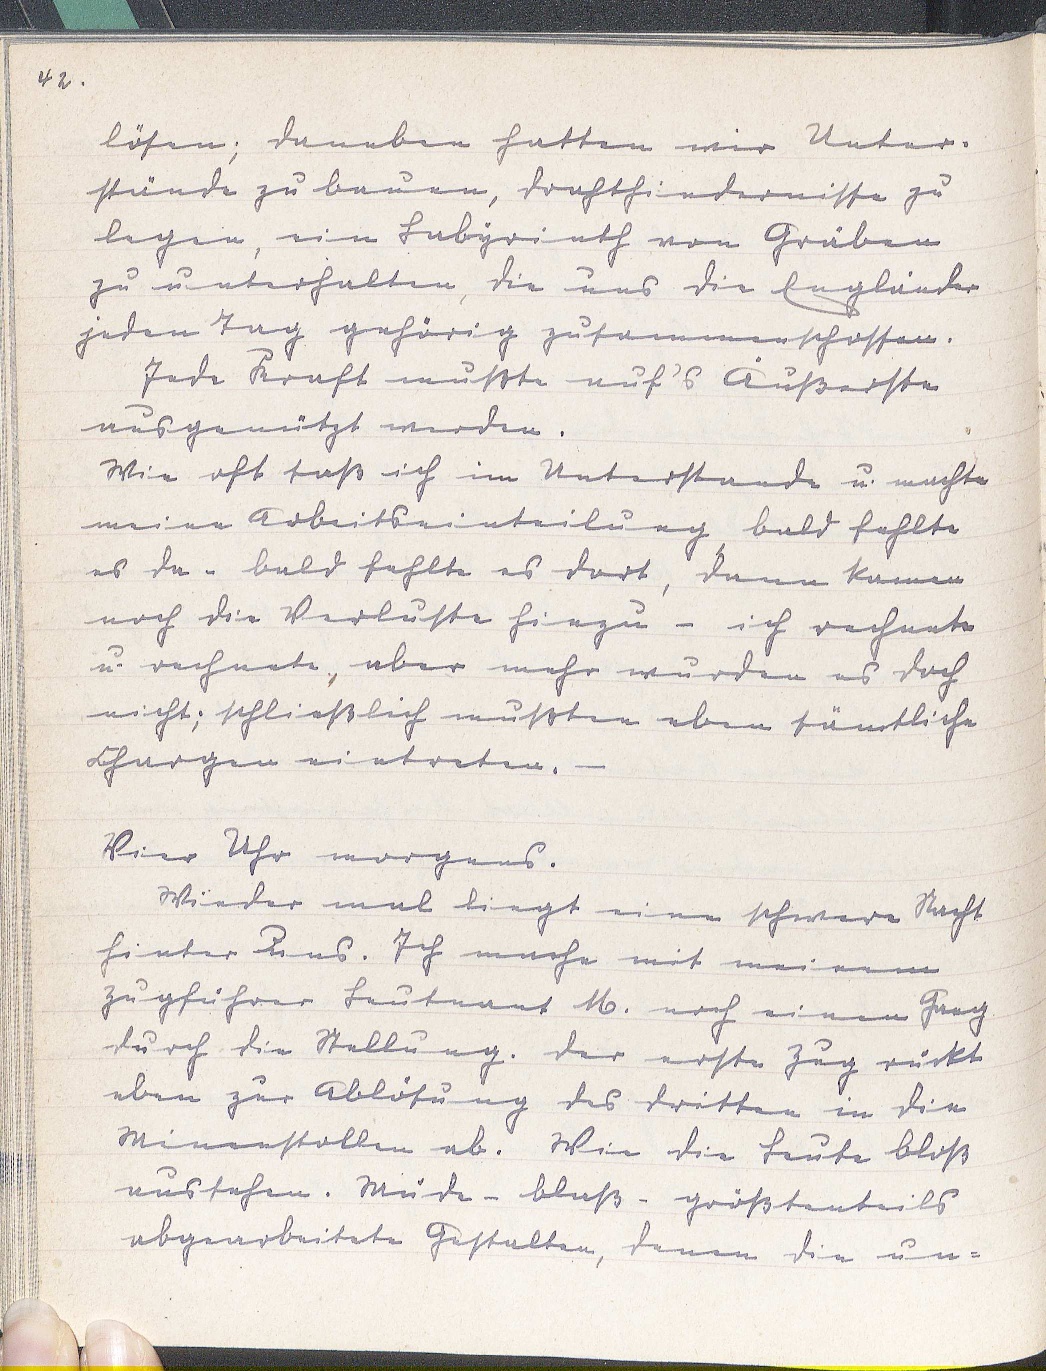
42.
lösen; daneben hatten wir Unter¬
stände zu bauen, Drahthindernisse zu
legen, ein Labyrinth von Gräben
zu unterhalten, die uns die Engländer
jeden Tag gehörig zusammenschossen.
Jede Kraft mußte auf's Äußerste
ausgenützt werden.
Wie oft saß ich im Unterstande u. machte
meine Arbeitseinteilung, bald fehlte
es da - bald fehlte es dort, dann kamen
noch die Verluste hinzu - ich rechnete
u. rechnete, aber mehr wurden es doch
nicht; schließlich mußten eben sämtliche
Chargen eintreten. -
Vier Uhr morgens.
Wieder mal liegt eine schwere Nacht
hinter Duns. Ich mache mit meinem
Zugführer Leutnant M. noch einen Gang
durch die Stellung. Der erste Zug rückt
eben zur Ablösung des dritten in die
Minenstollen ab. Wie die Leute bloß
aussehen. Müde - blaß - größtenteils
abgearbeitete Gestaltenm denen die un¬